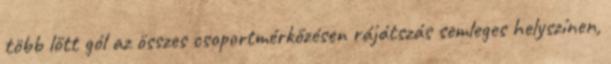
több lőtt gól az összes csoportmérkőzésen rájátszás semleges helyszínen,